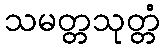
သမတ္တသုတ္တံ